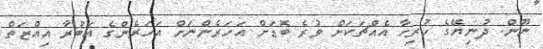
ނޫން. ދުނިޔޭގެ ހުރިހާ އެއްޗަކަށް ވުރެ ބޮޑަށް އަހަރެންނަށް އަހަރެންގެ އަބުރާ އިއްޒަތް